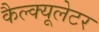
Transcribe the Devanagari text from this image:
कैल्क्यूलेटर